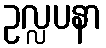
ဥလ္လပနာ